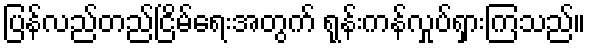
ပြန်လည်တည်ငြိမ်ရေးအတွက် ရုန်းကန်လှုပ်ရှားကြသည်။